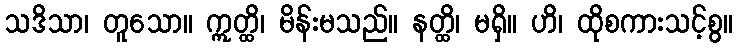
သဒိသာ၊ တူသော။ ဣတ္ထိ၊ မိန်းမသည်။ နတ္ထိ၊ မရှိ။ ဟိ၊ ထိုစကားသင့်စွ။